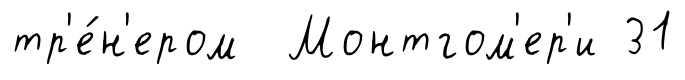
тр'е́н'ером Монтгом'ер'и 31